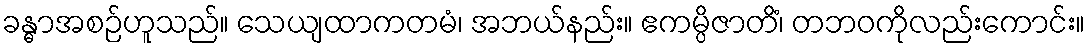
ခန္ဓာအစဉ်ဟူသည်။ သေယျထာကတမံ၊ အဘယ်နည်း။ ဧကမ္ပိဇာတိံ၊ တဘဝကိုလည်းကောင်း။